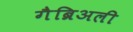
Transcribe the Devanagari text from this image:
गैब्रिअली